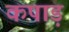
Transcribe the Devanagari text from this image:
कपाड़